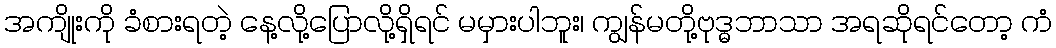
အကျိုးကို ခံစားရတဲ့ နေ့လို့ပြောလို့ရှိရင် မမှားပါဘူး၊ ကျွန်မတို့ဗုဒ္ဓဘာသာ အရဆိုရင်တော့ ကံ